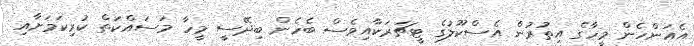
އެއަންހެން މީހާގެ އިތުރުން އެސްކޫލުގެ ޓީޗަރަކާއިވެސް ބެހެން ބިދޭސީ މީހާ މަސައްކަތް ކުރިކަމަށާއި